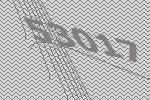
53017